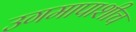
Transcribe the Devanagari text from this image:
उगमापाशीच